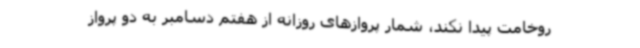
روخامت پیدا نکند، شمار پروازهای روزانه از هفتم دسامبر به دو پرواز